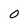
Character: 0